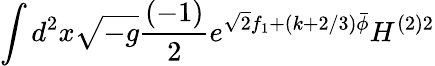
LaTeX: \int d^{2}x\sqrt{-g}\frac{(-1)}{2}e^{\sqrt{2}f_{1}+(k+2/3)\bar{\phi}}H^{(2)2}